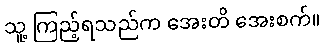
သူ့ ကြည့်ရသည်က အေးတိ အေးစက်။